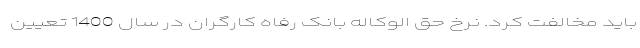
باید مخالفت کرد. نرخ حق الوکاله بانک رفاه کارگران در سال 1400 تعیین